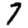
Digit: 7